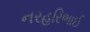
નરહરિભાઈ